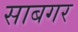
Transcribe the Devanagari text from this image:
साबगर